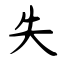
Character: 失